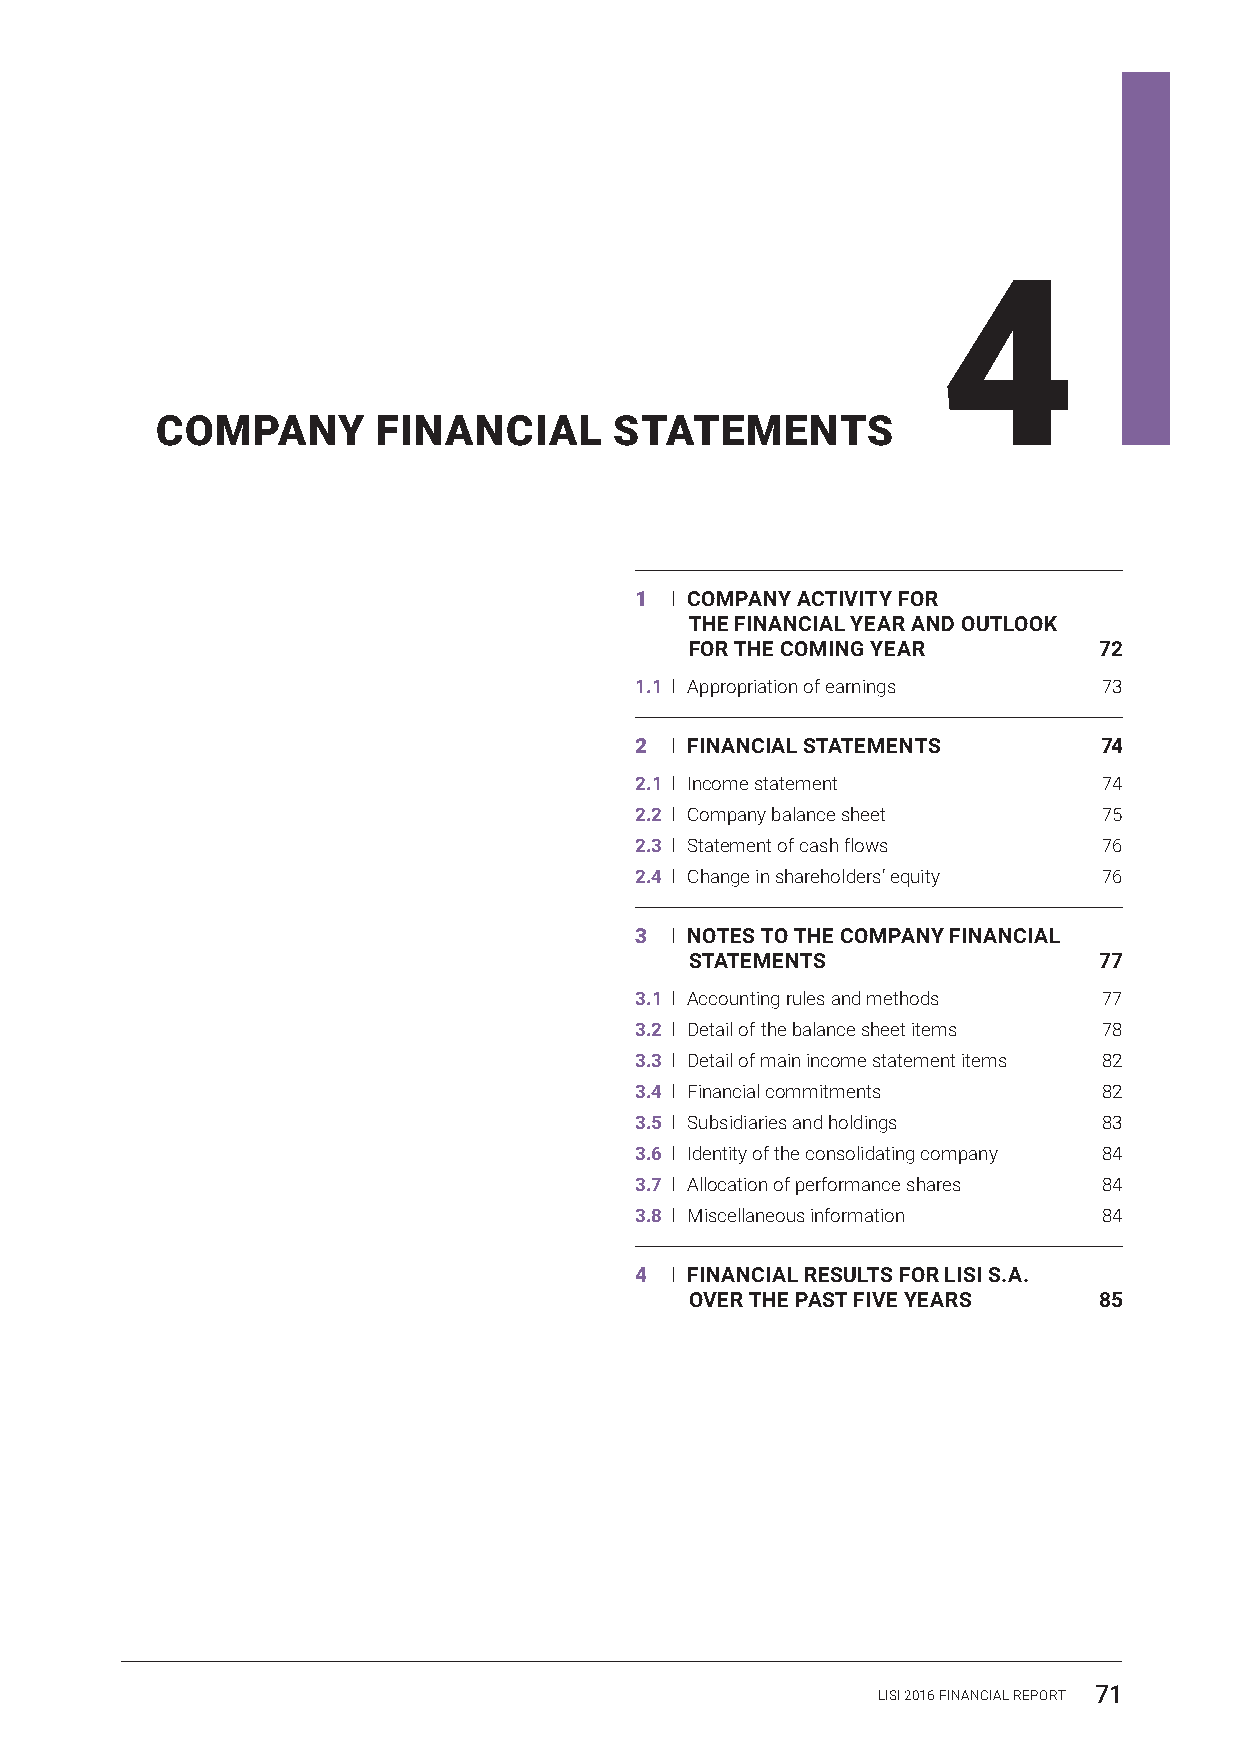
4
 COMPANY        FINANCIAL       STATEMENTS
 1 I COMPANY ACTIVITY FOR
 THE FINANCIAL YEAR AND OUTLOOK
 FOR THE COMING YEAR        72
 1.1 I Appropriation of earnings 73
 2 I FINANCIAL STATEMENTS       74
 2.1 I Income statement         74
 2.2 I Company balance sheet    75
 2.3 I Statement of cash flows  76
 2.4 I Change in shareholders’ equity 76
 3 I NOTES TO THE COMPANY FINANCIAL
 STATEMENTS                 77
 3.1 I Accounting rules and methods 77
 3.2 I Detail of the balance sheet items 78
 3.3 I Detail of main income statement items 82
 3.4 I Financial commitments    82
 3.5 I Subsidiaries and holdings 83
 3.6 I Identity of the consolidating company 84
 3.7 I Allocation of performance shares 84
 3.8 I Miscellaneous information 84
 4 I FINANCIAL RESULTS FOR LISI S.A.
 OVER THE PAST FIVE YEARS   85
 LISI 2016 FINANCIAL REPORT 71